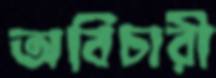
অবিচারী